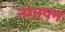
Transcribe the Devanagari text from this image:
नंगापन